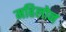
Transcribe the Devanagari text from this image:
महिलोन